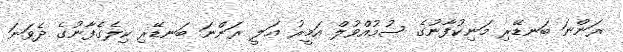
ރަންނަ ބަނޑޭރި މަނިކުފާނުގެ ސުމުއްވުލް އަމީރު ޢަލީ ރަންނަ ބަނޑޭރި ކިލެގެފާނުގެ ދެވަނަ